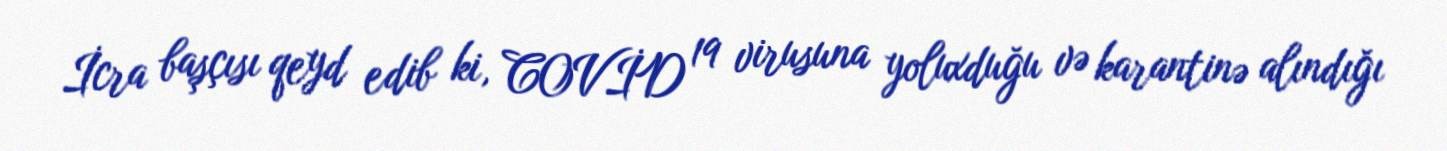
İcra başçısı qeyd edib ki, COVİD 19 virusuna yoluxduğu və karantinə alındığı